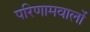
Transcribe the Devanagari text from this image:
परिणामवालों